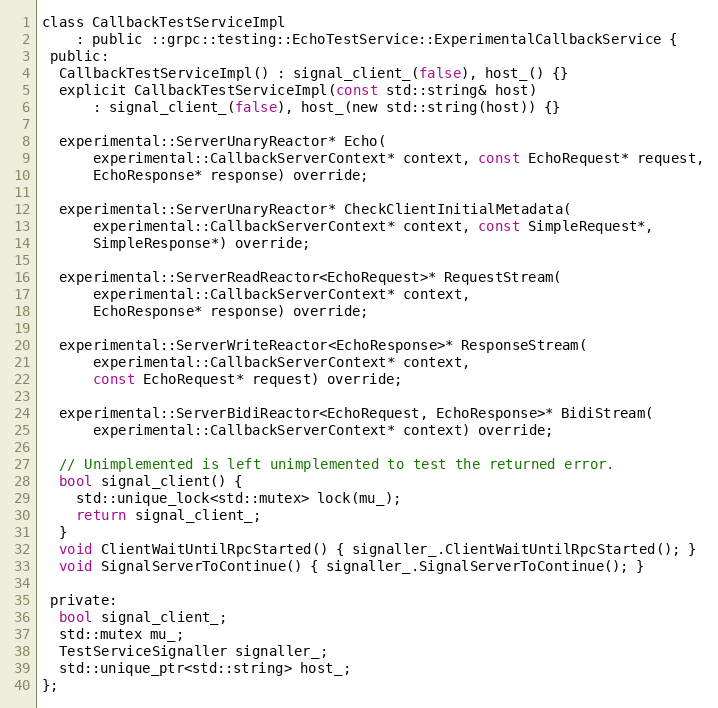
Language: C
class CallbackTestServiceImpl
    : public ::grpc::testing::EchoTestService::ExperimentalCallbackService {
 public:
  CallbackTestServiceImpl() : signal_client_(false), host_() {}
  explicit CallbackTestServiceImpl(const std::string& host)
      : signal_client_(false), host_(new std::string(host)) {}

  experimental::ServerUnaryReactor* Echo(
      experimental::CallbackServerContext* context, const EchoRequest* request,
      EchoResponse* response) override;

  experimental::ServerUnaryReactor* CheckClientInitialMetadata(
      experimental::CallbackServerContext* context, const SimpleRequest*,
      SimpleResponse*) override;

  experimental::ServerReadReactor<EchoRequest>* RequestStream(
      experimental::CallbackServerContext* context,
      EchoResponse* response) override;

  experimental::ServerWriteReactor<EchoResponse>* ResponseStream(
      experimental::CallbackServerContext* context,
      const EchoRequest* request) override;

  experimental::ServerBidiReactor<EchoRequest, EchoResponse>* BidiStream(
      experimental::CallbackServerContext* context) override;

  // Unimplemented is left unimplemented to test the returned error.
  bool signal_client() {
    std::unique_lock<std::mutex> lock(mu_);
    return signal_client_;
  }
  void ClientWaitUntilRpcStarted() { signaller_.ClientWaitUntilRpcStarted(); }
  void SignalServerToContinue() { signaller_.SignalServerToContinue(); }

 private:
  bool signal_client_;
  std::mutex mu_;
  TestServiceSignaller signaller_;
  std::unique_ptr<std::string> host_;
};